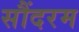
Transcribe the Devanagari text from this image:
सौंदरम